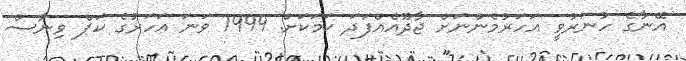
އޭނާގެ ހުނަރުވީ އަހަރުމެންނަށް ޖާދޫއެއްފަދަ ކަމަކަށް. 1999 ވަނަ އަހަރުގެ ކަޕް ވިނާސް